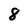
Character: 8